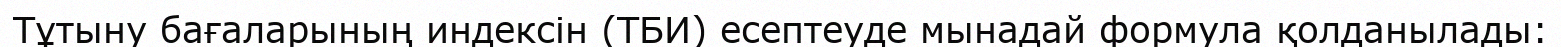
Тұтыну бағаларының индексін (ТБИ) есептеуде мынадай формула қолданылады: